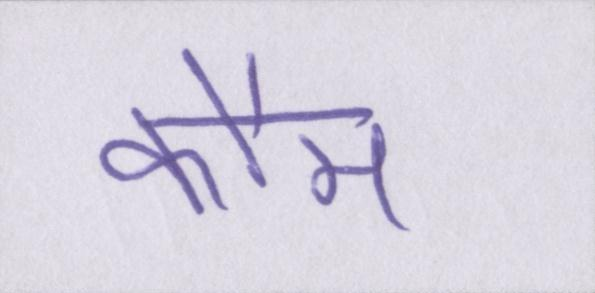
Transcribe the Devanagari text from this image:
कौम